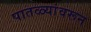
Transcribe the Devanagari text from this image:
पातळ्यांवरून